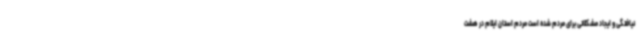
نیافتگی و ایجاد مشکلاتی برای مردم شده است مردم استان ایلام در هشت